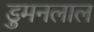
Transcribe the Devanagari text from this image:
डुमनलाल